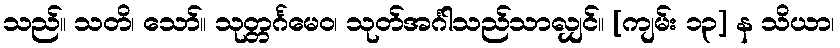
သည်။ သတိ၊ သော်။ သုတ္တင်္ဂမေဝ၊ သုတ်အင်္ဂါသည်သာလျှင်။ [ကျမ်း ၁၃] န သိယာ၊